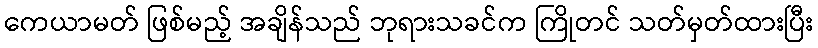
ကေယာမတ် ဖြစ်မည့် အချိန်သည် ဘုရားသခင်က ကြိုတင် သတ်မှတ်ထားပြီး